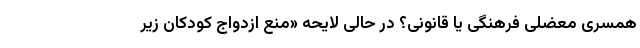
همسری معضلی فرهنگی یا قانونی؟ در حالی لایحه «منع ازدواج کودکان زیر